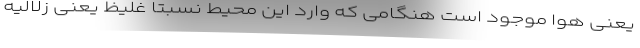
یعنی هوا موجود است هنگامی که وارد این محیط نسبتاً غلیظ یعنی زلالیه